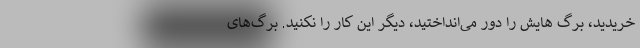
‌خریدید، برگ هایش را دور می‌انداختید، دیگر این کار را نکنید. برگ‌های